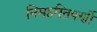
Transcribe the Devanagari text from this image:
निमहरितपर्णी